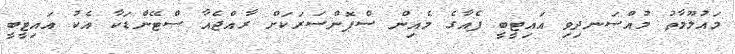
މައުލޫމާތު މުއްސަނދިވި އައިޓީބީ ފެއާގެ މެއިން ސްޕޮންސަރަކަށް ރާއްޖެއާ ސްޓޭންޑަކާ އެކު އައިޓީބީ